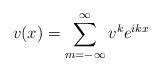
LaTeX: \begin{align*}v(x)=\sum_{m=-\infty }^{\infty }v^{k}e^{ikx}\end{align*}